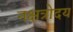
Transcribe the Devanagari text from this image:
नक्षत्रोदय